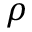
\rho